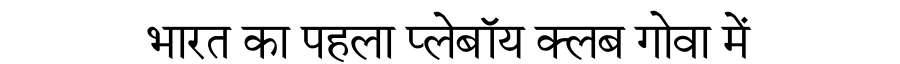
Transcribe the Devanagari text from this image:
भारत का पहला प्लेबॉय क्लब गोवा में